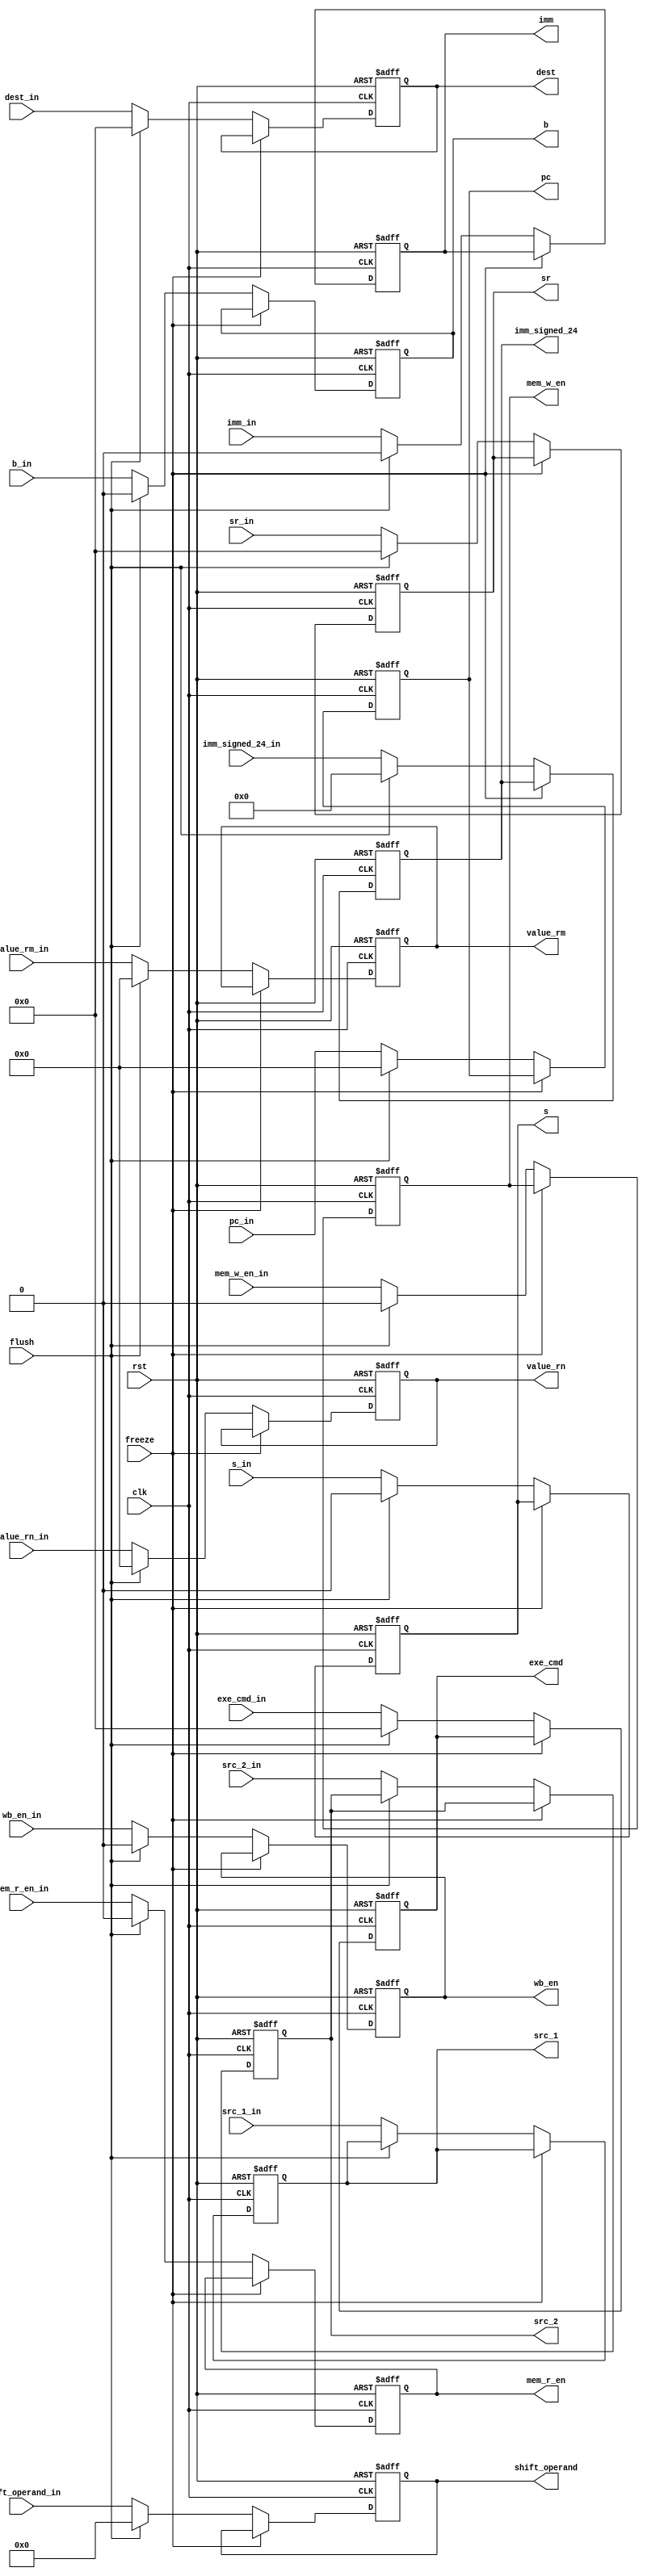
module ID_Stage_Reg (input clk, rst, wb_en_in, mem_r_en_in, mem_w_en_in, input [3:0]exe_cmd_in,
  input b_in, s_in, input [31:0]pc_in, value_rn_in, value_rm_in, input [11:0]shift_operand_in, input imm_in,
  input [23:0]imm_signed_24_in, input [3:0]dest_in, src_1_in, src_2_in, input flush, freeze, input [3:0]sr_in,
  output reg wb_en, mem_r_en, mem_w_en, output reg [3:0]exe_cmd, output reg b, s,
  output reg [31:0]pc, value_rn, value_rm, output reg [11:0]shift_operand,
  output reg imm, output reg [23:0]imm_signed_24, output reg [3:0]dest, sr, src_1, src_2);
  
  always @ (posedge clk, posedge rst) begin
    if (rst) begin
      b <= 1'b0; s <= 1'b0; imm <= 1'b0; wb_en <= 1'b0;
      sr <= 4'b0000; dest <= 4'b0000; mem_w_en <= 1'b0; mem_r_en <= 1'b0;
      exe_cmd <= 4'b0000; shift_operand <= 12'b000000000000; src_1 <= 4'b0000; src_2 <= 4'b0000;
      pc <= 32'b00000000000000000000000000000000;
      imm_signed_24 <= 24'b000000000000000000000000;
      value_rn <= 32'b00000000000000000000000000000000;
      value_rm <= 32'b00000000000000000000000000000000;
    end else if (!freeze) begin
      if (flush) begin
        b <= 1'b0; s <= 1'b0; imm <= 1'b0; sr <= 4'b0000; dest <= 4'b0000;
        wb_en <= 1'b0; mem_r_en <= 1'b0; mem_w_en <= 1'b0; exe_cmd <= 4'b0000;
        shift_operand <= 12'b000000000000;
        pc <= 32'b00000000000000000000000000000000;
        imm_signed_24 <= 24'b000000000000000000000000;
        value_rn <= 32'b00000000000000000000000000000000;
        value_rm <= 32'b00000000000000000000000000000000;
      end else begin
        wb_en <= wb_en_in; mem_r_en <= mem_r_en_in; mem_w_en <= mem_w_en_in;
        exe_cmd <= exe_cmd_in; b <= b_in; s <= s_in; pc <= pc_in;
        value_rn <= value_rn_in; value_rm <= value_rm_in; src_1 <= src_1_in;
        shift_operand <= shift_operand_in; imm <= imm_in; src_2 <= src_2_in;
        imm_signed_24 <= imm_signed_24_in; dest <= dest_in; sr <= sr_in;
      end
    end
  end

endmodule